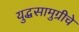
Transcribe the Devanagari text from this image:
युद्धसामुग्रीचे